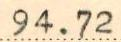
94.72